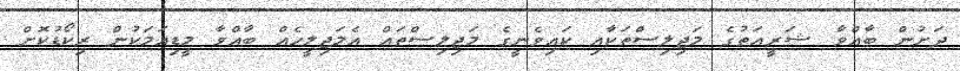
ދަށުން ބާއްވާ ޝަރީޢަތުގެ މަޖިލިސްތަކާއި ކައިވެނީގެ މަޖިލިސްތައް އެމަޖިލީހެއް ބާއްވާ މީޑިއަމަކުން ރިކޯޑުކޮށް